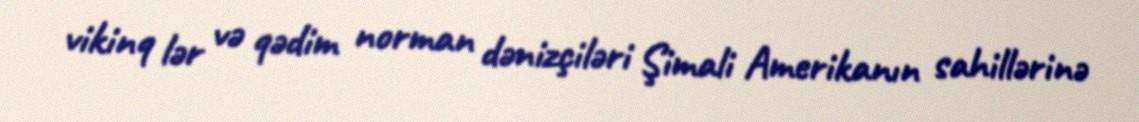
vikinq lər və qədim norman dənizçiləri Şimali Amerikanın sahillərinə